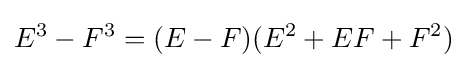
E^{3}-F^{3}=(E-F)(E^{2}+EF+F^{2})